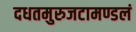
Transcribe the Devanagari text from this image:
दधतमुरुजटामण्डलं